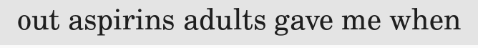
out aspirins adults gave me when